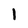
Character: 1